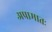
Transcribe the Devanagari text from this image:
अप्रामातः